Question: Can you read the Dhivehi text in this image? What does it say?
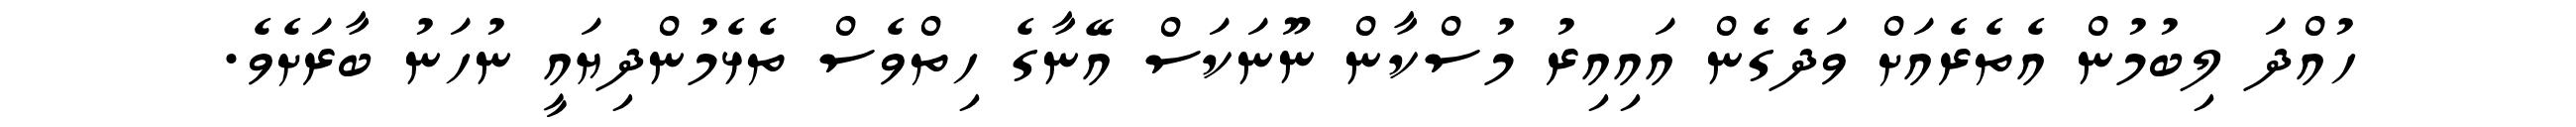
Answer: ހުއްދަ ލިބުމުން އެތެރެއަށް ވަދެގެން އައިއިރު މުސްކާން ނޫނަކަސް އޭނާގެ ހިތްވެސް ތެޅެމުންދިޔައީ ނުހަނު ބާރަށެވެ.